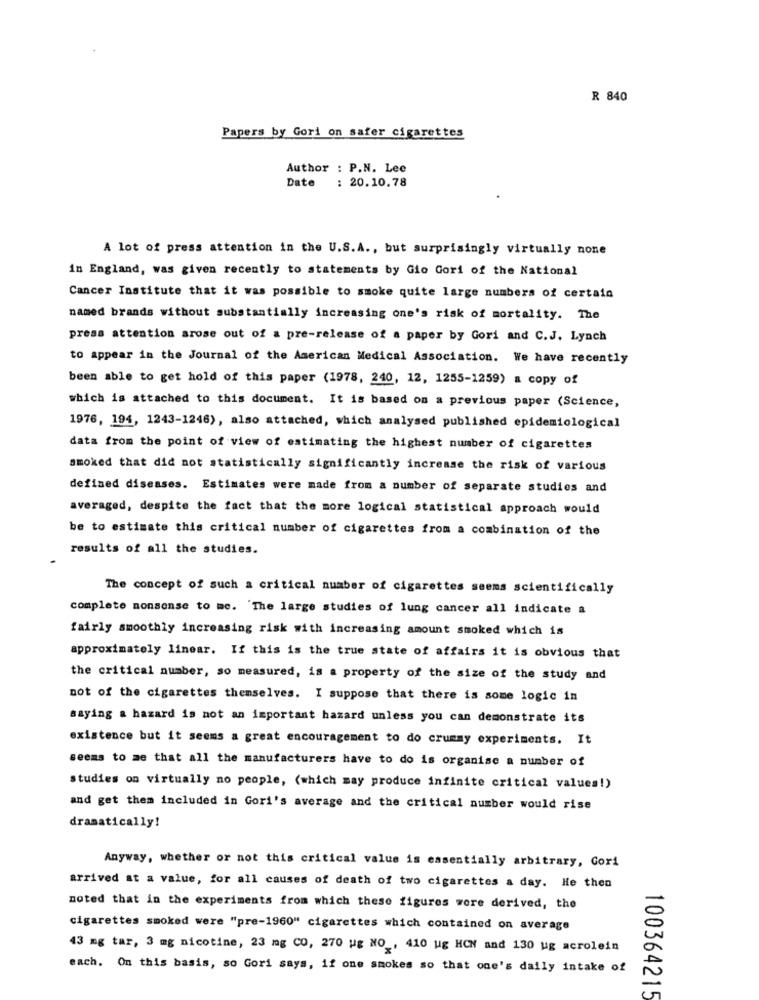
R 840
Papers by Gori on safer cigarettes
Author : P.N. Lee
Date : 20.10.78
A lot of press attention in the U.S.A ., but surprisingly virtually none
in England, was given recently to statements by Gio Gori of the National
Cancer Institute that it was possible to smoke quite large numbers of certain
named brands without substantially increasing one's risk of mortality. The
press attention arose out of a pre-release of a paper by Gori and C.J. Lynch
to appear in the Journal of the American Medical Association. We have recently
been able to get hold of this paper (1978, 240, 12, 1255-1259) a copy of
which is attached to this document. It is based on a previous paper (Science,
1976, 194, 1243-1246), also attached, which analysed published epidemiological
data from the point of view of estimating the highest number of cigarettes
smoked that did not statistically significantly increase the risk of various
defined diseases. Estimates were made from a number of separate studies and
averaged, despite the fact that the more logical statistical approach would
be to estimate this critical number of cigarettes from a combination of the
results of all the studies.
The concept of such a critical number of cigarettes seems scientifically
complete nonsense to me. 'The large studies of lung cancer all indicate a
fairly smoothly increasing risk with increasing amount smoked which is
approximately linear. If this is the true state of affairs it is obvious that
the critical number, so measured, is a property of the size of the study and
not of the cigarettes themselves. I suppose that there is some logic in
saying a hazard is not an important hazard unless you can demonstrate its
existence but it seems a great encouragement to do crummy experiments. It
seems to me that all the manufacturers have to do is organise a number of
studies on virtually no people, (which may produce infinite critical values!)
and get them included in Gori's average and the critical number would rise
dramatically!
Anyway, whether or not this critical value is essentially arbitrary, Gori
arrived at a value, for all causes of death of two cigarettes a day. He then
noted that in the experiments from which these figures wore derived, the
cigarettes smoked were "pre-1960" cigarettes which contained on average
43 mg tar, 3 mg nicotine, 23 mg CO, 270 ug NO , 410 ug HCN and 130 ug acrolein
each. On this basis, so Gori says, if one smokes so that one's daily intake of
100364215